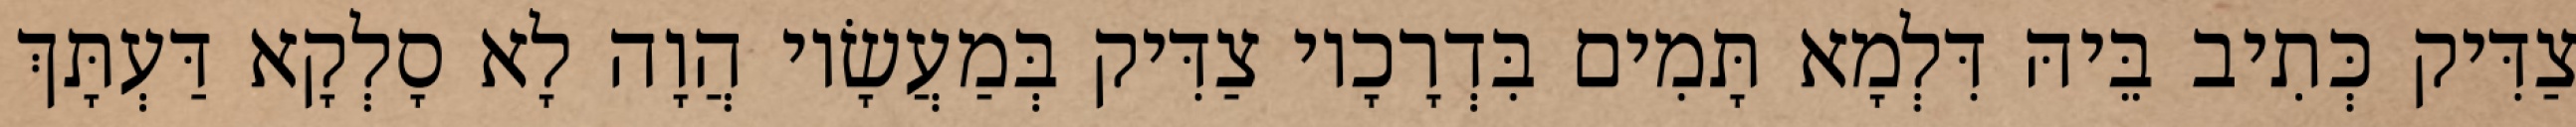
צַדִּיק כְּתִיב בֵּיהּ דִּלְמָא תָּמִים בִּדְרָכָיו צַדִּיק בְּמַעֲשָׂיו הֲוָה לָא סָלְקָא דַּעְתָּךְ